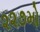
૨૨૭મો